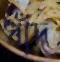
ধাঁদ